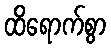
ထိရောက်စွာ